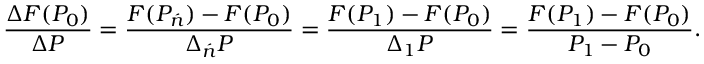
{ \frac { \Delta F ( P _ { 0 } ) } { \Delta P } } = { \frac { F ( P _ { \acute { n } } ) - F ( P _ { 0 } ) } { \Delta _ { \acute { n } } P } } = { \frac { F ( P _ { 1 } ) - F ( P _ { 0 } ) } { \Delta _ { 1 } P } } = { \frac { F ( P _ { 1 } ) - F ( P _ { 0 } ) } { P _ { 1 } - P _ { 0 } } } . \,